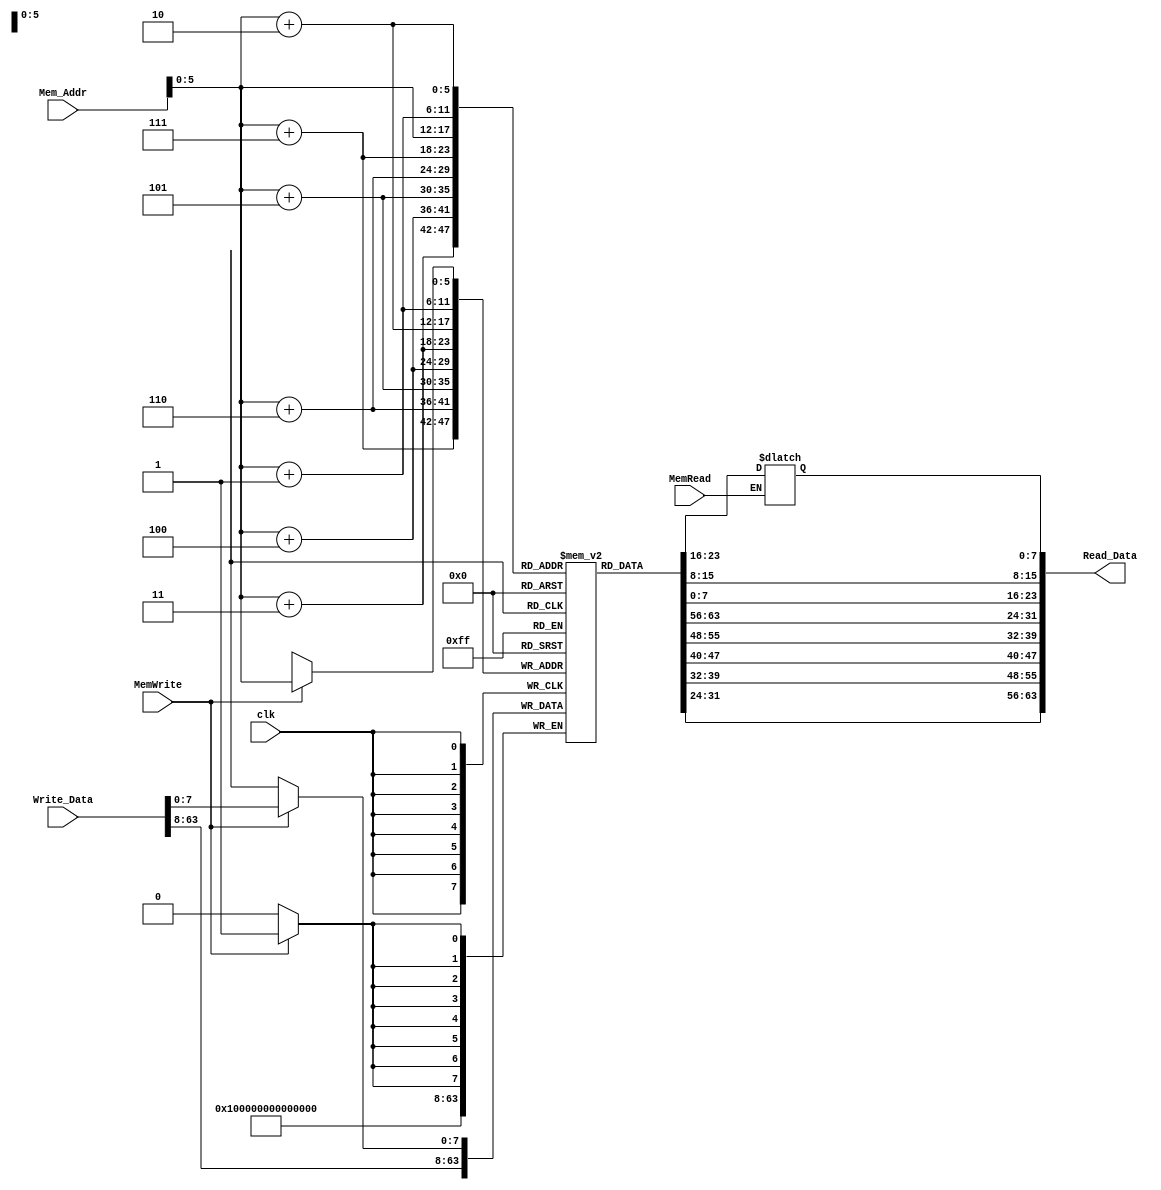
module Data_Memory
(
	input clk, MemWrite,MemRead,
	input [63:0] Mem_Addr,
	input [63:0] Write_Data,
	output reg [63:0] Read_Data,
	
);

	reg [7:0] Memory[63:0];
	
	initial
	begin
		Memory[0] =8'h0B;
		Memory[1] =8'h1C;
		Memory[2] =8'h2D;
		Memory[3] =8'h3E;
		Memory[4] =8'h4F;
		Memory[5] =8'h50;
		Memory[6] =8'h61;
		Memory[7] =8'h72;
		Memory[8] =8'h83;
		Memory[9] =8'h94;
		Memory[10] =8'hA5;
		Memory[11] =8'hB6;
		Memory[12] =8'hC7;
		Memory[13] =8'hD8;
		Memory[14] =8'hE9;
		Memory[15] =8'hFA;
		Memory[16] =8'h0B;
		Memory[17] =8'h1C;
		Memory[18] =8'h2D;
		Memory[19] =8'h3E;
		Memory[20] =8'h4F;
		Memory[21] =8'h50;
		Memory[22] =8'h61;
		Memory[23] =8'h72;
		Memory[24] =8'h83;
		Memory[25] =8'h94;
		Memory[26] =8'hA5;
		Memory[27] =8'hB6;
		Memory[28] =8'hC7;
		Memory[29] =8'hD8;
		Memory[30] =8'hE9;
		Memory[31] =8'hFA;
		Memory[32] =8'h0B;
		Memory[33] =8'h1C;
		Memory[34] =8'h2D;
		Memory[35] =8'h3E;
		Memory[36] =8'h4F;
		Memory[37] =8'h50;
		Memory[38] =8'h61;
		Memory[39] =8'h72;
		Memory[40] =8'h83;
		Memory[41] =8'h94;
		Memory[42] =8'hA5;
		Memory[43] =8'hB6;
		Memory[44] =8'hC7;
		Memory[45] =8'hD8;
		Memory[46] =8'hE9;
		Memory[47] =8'hFA;
		Memory[48] =8'h0B;
		Memory[49] =8'h1C;
		Memory[50] =8'd15;
		Memory[51] =8'h3E;
		Memory[52] =8'h4F;
		Memory[53] =8'h50;
		Memory[54] =8'h61;
		Memory[55] =8'h72;
		Memory[56] =8'h83;
		Memory[57] =8'h94;
		Memory[58] =8'hA5;
		Memory[59] =8'hB6;
		Memory[60] =8'hC7;
		Memory[61] =8'hD8;
		Memory[62] =8'hE9;
		Memory[63] =8'hFA;
 
	end
	
	always@ (posedge clk)
	begin
		if (MemWrite)
			Memory[Mem_Addr[5:0]] = Write_Data[7:0];
			Memory[Mem_Addr[5:0]+1]=Write_Data[15:8];
			Memory[Mem_Addr[5:0]+2]=Write_Data[23:16];
			Memory[Mem_Addr[5:0]+3]=Write_Data[31:24];
			Memory[Mem_Addr[5:0]+4]=Write_Data[39:32];
			Memory[Mem_Addr[5:0]+5]=Write_Data[47:40];
			Memory[Mem_Addr[5:0]+6]=Write_Data[55:48];
			Memory[Mem_Addr[5:0]+7]=Write_Data[63:56];
	end
	
	always@ (Mem_Addr)
	begin
		if (MemRead==1)
			Read_Data[7:0]= Memory[Mem_Addr[5:0]];
			Read_Data[15:8]= Memory[Mem_Addr[5:0]+1];
			Read_Data[23:16]= Memory[Mem_Addr[5:0]+2];
			Read_Data[31:24]= Memory[Mem_Addr[5:0]+3];
			Read_Data[39:32]= Memory[Mem_Addr[5:0]+4];
			Read_Data[47:40]= Memory[Mem_Addr[5:0]+5];
			Read_Data[55:48]= Memory[Mem_Addr[5:0]+6];
			Read_Data[63:56]= Memory[Mem_Addr[5:0]+7];
	end
	
endmodule